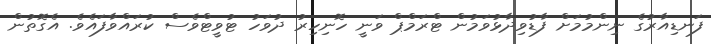
ފަނޑިއާރުގެ ނިންމުމަށް ފާޑުވިދާޅުވަމުން ޓްރަމްޕް ވަނީ ހޮނިހިރު ދުވަހު ޓުވީޓްވެސް ކުރައްވާފައެވެ. އެގޮތުން